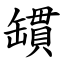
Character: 罆